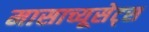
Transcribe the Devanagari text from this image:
मासाच्यूसेट्स